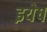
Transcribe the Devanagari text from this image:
इयेष